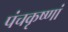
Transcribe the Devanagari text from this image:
पंचकृष्णां